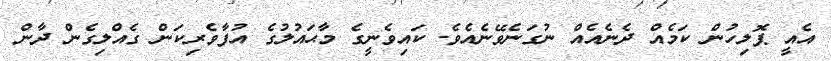
އެއީ ޕޮލިހުން ކަމެއް ދެނެއެއް ނުގަނެވޭނެއެވެ. ކައިވެނީގެ މާޙައުލުގެ އުފާވެރިކަން ގެއްލިގެން ދާން